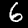
Label: 6